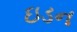
ઇડન